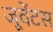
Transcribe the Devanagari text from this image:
जूवेंटस